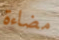
مضاءة